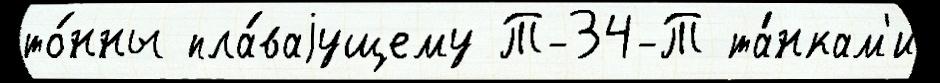
то́нны пла́ваjущему Т-34-Т та́нкам'и